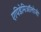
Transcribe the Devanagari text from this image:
एपिडेमिऑलोजी